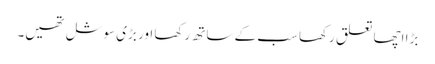
بڑا اچھا تعلق رکھا سب کے ساتھ رکھا اور بڑی سوشل تھیں۔